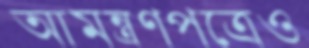
আমন্ত্রণপত্রেও